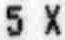
5 X